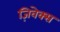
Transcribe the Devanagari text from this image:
ज़िवेक्स